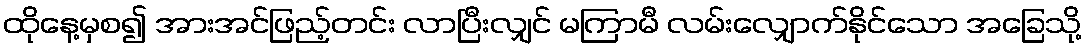
ထိုနေ့မှစ၍ အားအင်ဖြည့်တင်း လာပြီးလျှင် မကြာမီ လမ်းလျှောက်နိုင်သော အခြေသို့